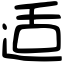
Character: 适